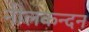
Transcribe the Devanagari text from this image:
नीलकन्दन